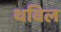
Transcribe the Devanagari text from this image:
थविल